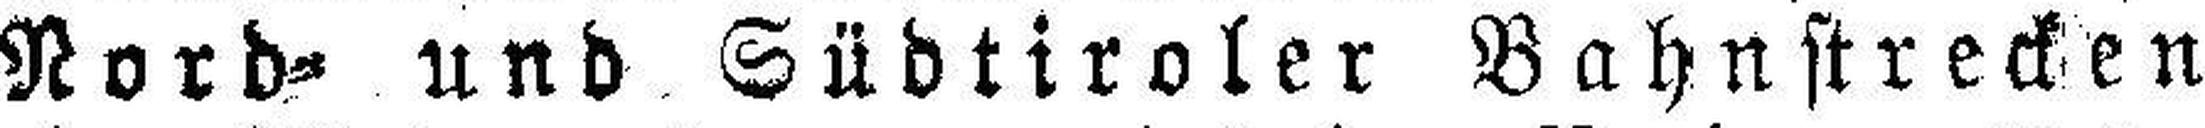
Nord= und Südtiroler Bahnstrecken